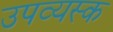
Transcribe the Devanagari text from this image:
उपव्यस्क